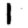
Digit: 1